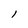
Character: l